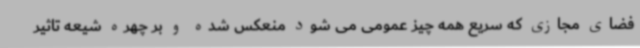
فضای مجازی که سریع همه چیز عمومی می شود منعکس شده و بر چهره شیعه تاثیر